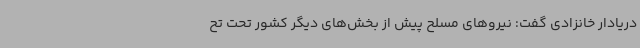
دریادار خانزادی گفت: نیروهای مسلح پیش از بخش‌های دیگر کشور تحت تح